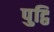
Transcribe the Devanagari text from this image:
पुट्ठि